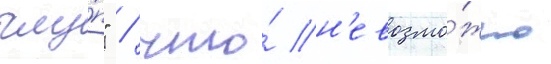
глу́п" / что́ н'евозмо́жно